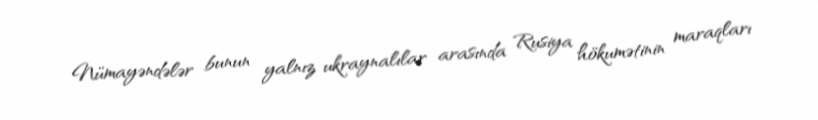
Nümayəndələr bunun yalnız ukraynalılar arasında Rusiya hökumətinin maraqları